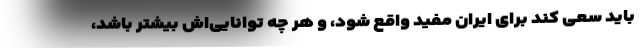
باید سعی کند برای ایران مفید واقع شود، و هر چه توانایی‌اش بیشتر باشد،